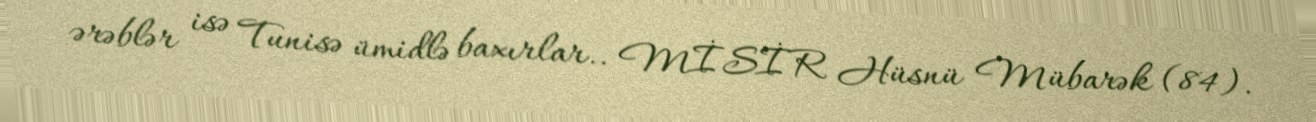
ərəblər isə Tunisə ümidlə baxırlar.. MİSİR Hüsnü Mübarək (84).